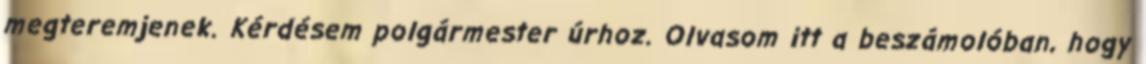
megteremjenek. Kérdésem polgármester úrhoz. Olvasom itt a beszámolóban, hogy